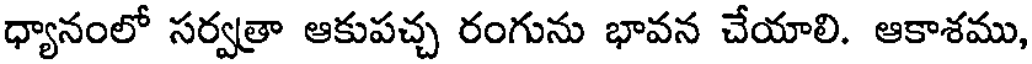
ధ్యానంలో సర్వత్రా ఆకుపచ్చ రంగును భావన చేయాలి. ఆకాశము,